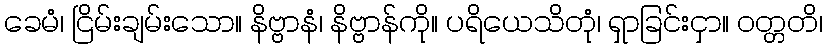
ခေမံ၊ ငြိမ်းချမ်းသော။ နိဗ္ဗာနံ၊ နိဗ္ဗာန်ကို။ ပရိယေသိတုံ၊ ရှာခြင်းငှာ။ ဝတ္တတိ၊